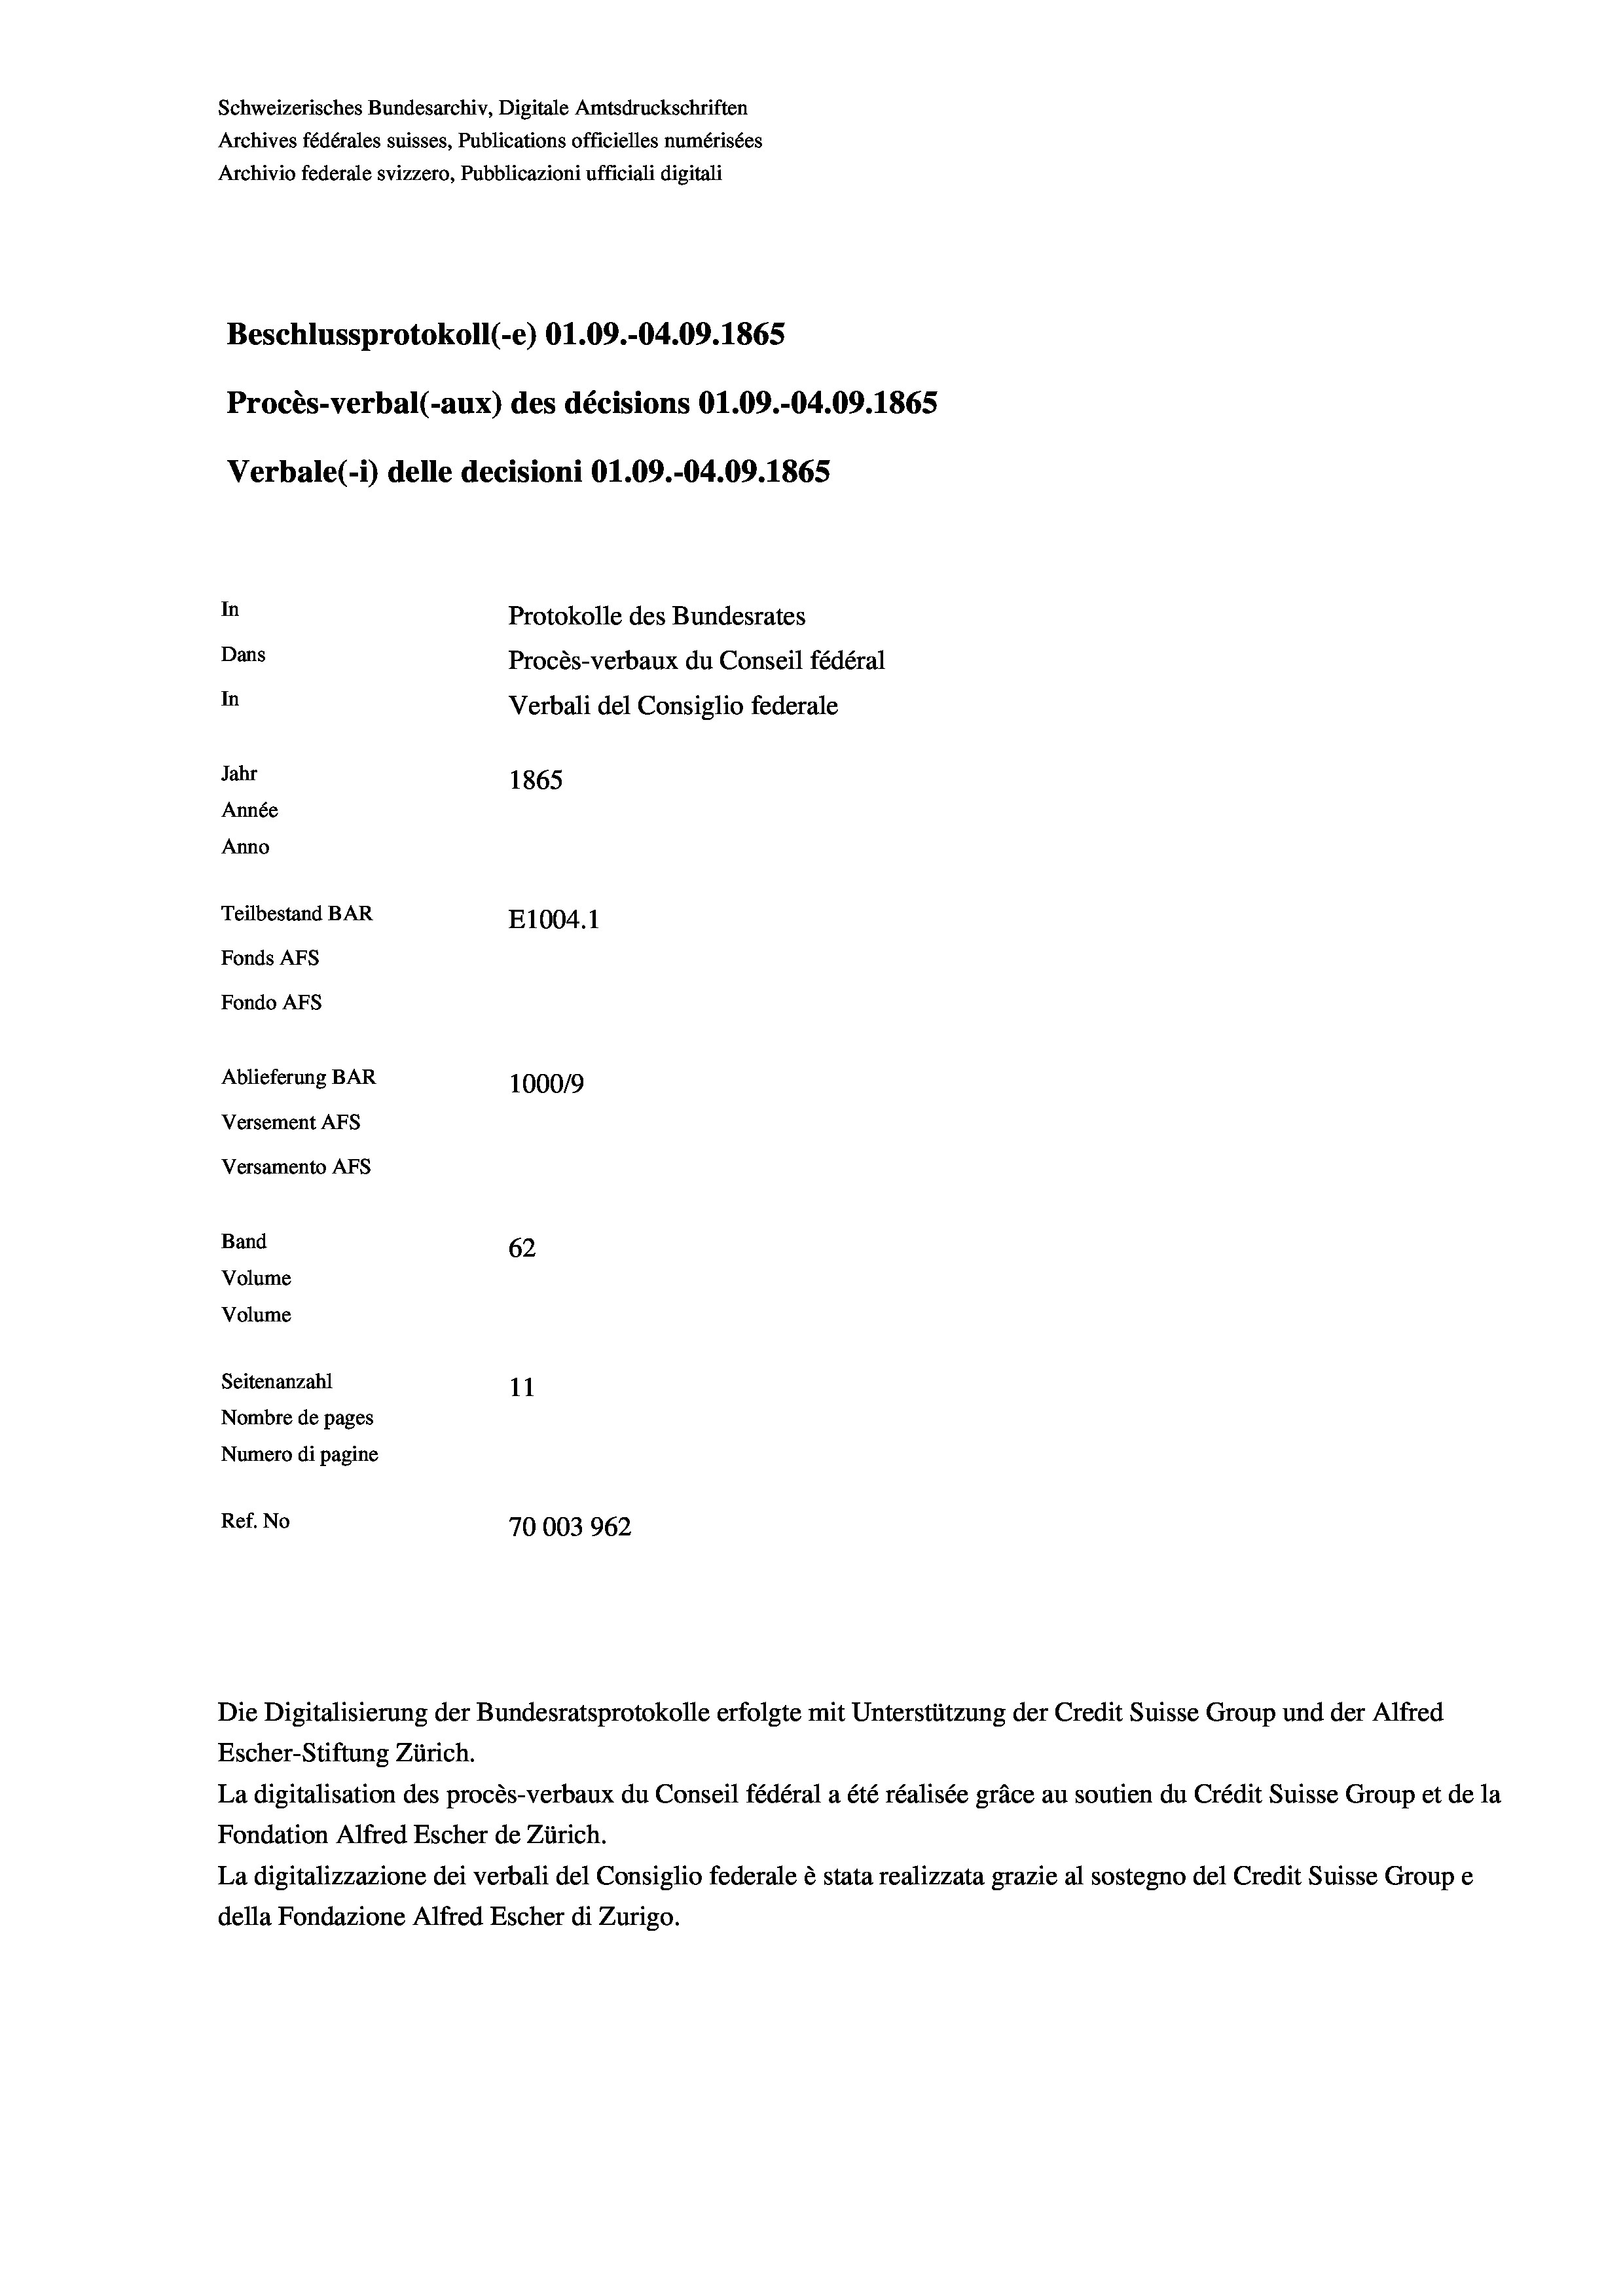
Schweizerisches Bundesarchiv, Digitale Amtsdruckschriften
Archives fédérales suisses, Publications officielles numérisées
Archivio federale svizzero, Pubblicazioni ufficiali digitali
Beschlussprotokoll (-e) O1.09.-04.09. 1865
Procès-verbal (-aux) des décisions 01.09.-04.09. 1865
Verbale (i) delle decisioni O1.09.-04.09. 1865
In
Protokolle des Bundesrates
Dans
Procès-verbaux du Conseil fédéral
In
Verbali del Consiglio federale
Jahr
1865
Année
Anno
Teilbestand BAR
E1004.1
Fonds AFs
Fondo AFs
Ablieferung BAR
100019
Versement AFs
Versamento Afs
Band
62
Volume
Volume
Seitenanzahl
11
Nombre de pages
Numero di pagine
Ref. No
70003962

Escher-Stiftung Zürich.
La digitalisation des procès-verbaux du Conseil fédéral a été réalisée gräce au soutien du Crédit Suisse Group et de la
Fondation Alfred Escher de Zürich.
La digitalizzazione dei verbali del Consiglio federale è stata realizzata grazie al sostegno del Credit Suisse Groupe
della Fondazione Alfred Escher di Zurigo.

Die Digitalisierung der Bundesratsprotokolle erfolgte mit Unterstützung der Credit Suisse Group und der Alfred